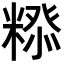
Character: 𮇲